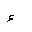
Letter: _hamza